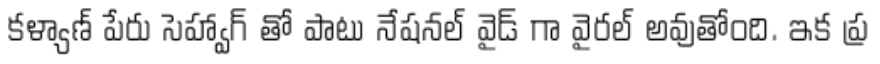
కళ్యాణ్ పేరు సెహ్వాగ్ తో పాటు నేషనల్ వైడ్ గా వైరల్ అవుతోంది. ఇక ప్ర